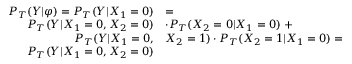
\begin{array} { r l } { P _ { T } ( Y | \varphi ) = P _ { T } ( Y | X _ { 1 } = 0 ) } & { = } \\ { P _ { T } ( Y | X _ { 1 } = 0 , X _ { 2 } = 0 ) } & { \cdot P _ { T } ( X _ { 2 } = 0 | X _ { 1 } = 0 ) \; + } \\ { P _ { T } ( Y | X _ { 1 } = 0 , } & { X _ { 2 } = 1 ) \cdot P _ { T } ( X _ { 2 } = 1 | X _ { 1 } = 0 ) = } \\ { P _ { T } ( Y | X _ { 1 } = 0 , X _ { 2 } = 0 ) } & { } \end{array}